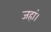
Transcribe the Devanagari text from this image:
जहां।